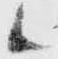
候